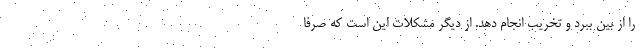
را از بین ببرد و تخریب انجام دهد. از دیگر مشکلات این است که صرفا